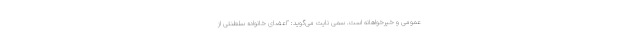
عمومی و خیرخواهانه است. سمی نایت می‌گوید: "اعضای خانواده سلطنتی از